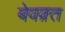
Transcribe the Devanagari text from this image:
बेवक़्त